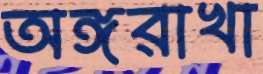
অঙ্গরাখা